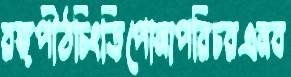
রঙ্গপীঠচিংড়িপোনাপরিচরএনব